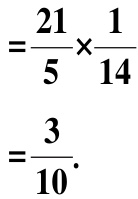
\[
\begin{align*}
&=\frac{21}{5} \times \frac{1}{14}\\
&=\frac{3}{10}.
\end{align*}
\]